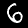
Digit: 6